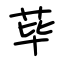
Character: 荜